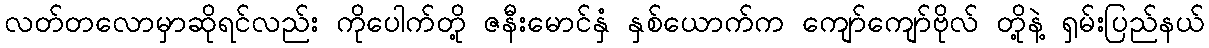
လတ်တလောမှာဆိုရင်လည်း ကိုပေါက်တို့ ဇနီးမောင်နှံ နှစ်ယောက်က ကျော်ကျော်ဗိုလ် တို့နဲ့ ရှမ်းပြည်နယ်